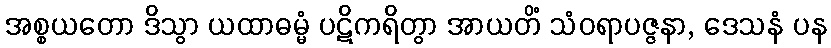
အစ္စယတော ဒိသွာ ယထာဓမ္မံ ပဋိကရိတွာ အာယတိံ သံဝရာပဇ္ဇနာ, ဒေသနံ ပန